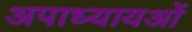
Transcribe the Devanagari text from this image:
अपाध्यायओं